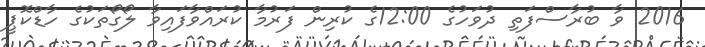
2016 ވާ ބުރާސްފަތި ދުވަހުގެ 12:00ގެ ކުރިން ފަރުމާ ކުރައްވާފައިވާ ލޯގޯތަކުގެ ހާޑްކޮޕީ